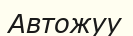
Автожуу